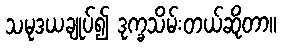
သမုဒယချုပ်၍ ဒုက္ခသိမ်းတယ်ဆိုတာ။